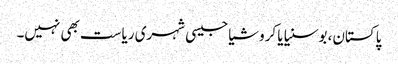
پاکستان، بوسنیا یا کروشیا جیسی شہری ریاست بھی نہیں۔